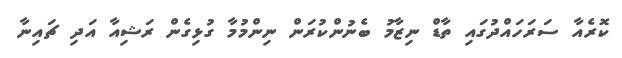
ކޮރެއާ ސަރަހައްދުގައި ތާޑް ނިޒާމު ބެނުންކުރަން ނިންމުމާ ގުޅިގެން ރަޝިއާ އަދި ޗައިނާ